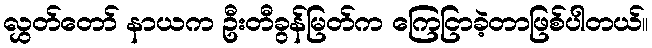
လွှတ်တော် နာယက ဦးတီခွန်မြတ်က ကြေငြာခဲ့တာဖြစ်ပါတယ်။